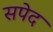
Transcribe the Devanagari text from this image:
सपेद